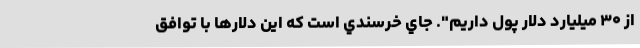
از ۳۰ میلیارد دلار پول داریم". جاي خرسندي است كه این دلارها با توافق